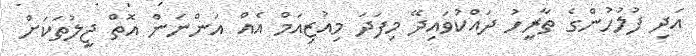
އަދި ފުލުހުންގެ ތާރީހު ދައްކުވައިދޭ މިފަދަ މިއުޒިއަމް އެއް އަންނަން އޮތް ޖީލުތަކަށް